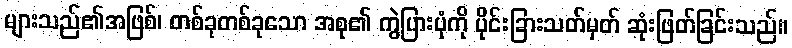
များသည်၏အဖြစ်၊ တစ်ခုတစ်ခုသော အစု၏ ကွဲပြားပုံကို ပိုင်းခြားသတ်မှတ် ဆုံးဖြတ်ခြင်းသည်။